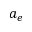
a _ { e }